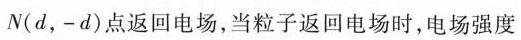
N(d，-d)点返回电场，当粒子返回电场时，电场强度